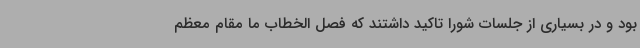
بود و در بسیاری از جلسات شورا تاکید داشتند که فصل الخطاب ما مقام معظم